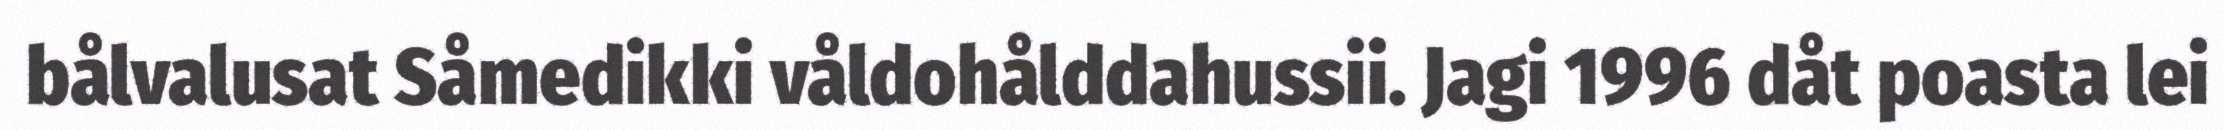
bålvalusat Såmedikki våldohålddahussii. Jagi 1996 dåt poasta lei